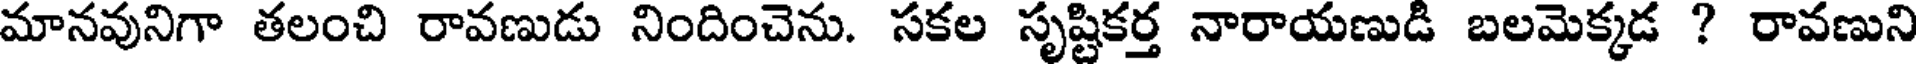
మానవునిగా తలంచి రావణుడు నిందించెను. సకల సృష్టికర్త నారాయణుడి బలమెక్కడ ? రావణుని